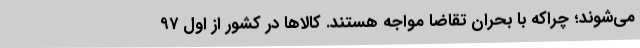
می‌شوند؛ چراکه با بحران تقاضا مواجه هستند. کالاها در کشور از اول ۹۷